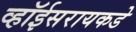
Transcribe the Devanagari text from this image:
व्हॉईसरायकडे